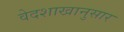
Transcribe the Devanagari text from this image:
वेदशाखानुसार